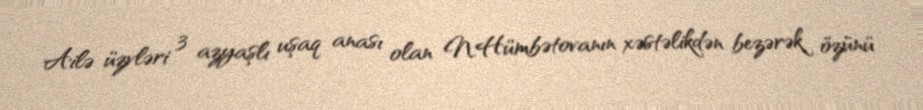
Ailə üzvləri 3 azyaşlı uşaq anası olan N.Hümbətovanın xəstəlikdən bezərək özünü